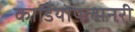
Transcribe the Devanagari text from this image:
कार्डियोपल्मनरी